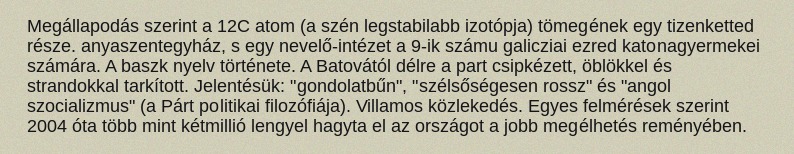
Megállapodás szerint a 12C atom (a szén legstabilabb izotópja) tömegének egy tizenketted része. anyaszentegyház, s egy nevelő-intézet a 9-ik számu galicziai ezred katonagyermekei számára. A baszk nyelv története. A Batovától délre a part csipkézett, öblökkel és strandokkal tarkított. Jelentésük: "gondolatbűn", "szélsőségesen rossz" és "angol szocializmus" (a Párt politikai filozófiája). Villamos közlekedés. Egyes felmérések szerint 2004 óta több mint kétmillió lengyel hagyta el az országot a jobb megélhetés reményében.